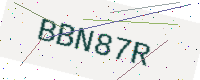
Text: BBN87R